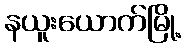
နယူးယောက်မြို့